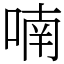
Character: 喃